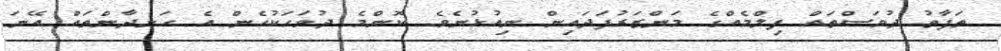
ތަފާތު ދުވަސްތައް ފިލްމެއްގެ މަންޒަރުފަދައިން ނިއުޅުނެވެ. ކޮންމެ ދުވަހަކުހެން އެ ހަނދާންތައް އޭނަ